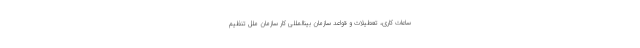
ساعات کاری، تعطیلات و قواعد سازمان بینالمللی کار سازمان ملل تنظیم